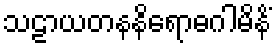
သဠာယတနနိရောဓဂါမိနိံ